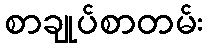
စာချုပ်စာတမ်း